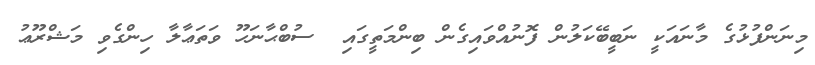
މިނަންފުޅުގެ މާނައަކީ ނަބީބޭކަލުން ފޮނުއްވައިގެން ބިންމަތީގައި  ސުބްޙާނަހޫ ވަތަޢާލާ ހިންގެވި މަޝްރޫޢު